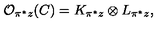
{ \cal O } _ { \pi ^ { * } z } ( C ) = K _ { \pi ^ { * } z } \otimes L _ { \pi ^ { * } z } ,